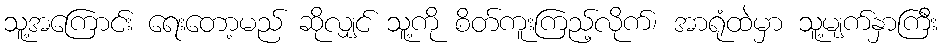
သူ့အကြောင်း ရေးတော့မည် ဆိုလျှင် သူ့ကို စိတ်ကူးကြည့်လိုက်၊ အာရုံထဲမှာ သူ့မျက်နှာကြီး